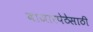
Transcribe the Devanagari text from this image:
बाजारपेठेसाठी